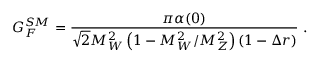
G _ { F } ^ { S M } = \frac { \pi \alpha ( 0 ) } { \sqrt { 2 } M _ { W } ^ { 2 } \left( 1 - M _ { W } ^ { 2 } / M _ { Z } ^ { 2 } \right) ( 1 - \Delta r ) } \; .